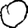
Digit: 0